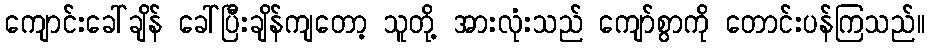
ကျောင်းခေါ်ချိန် ခေါ်ပြီးချိန်ကျတော့ သူတို့ အားလုံးသည် ကျော်စွာကို တောင်းပန်ကြသည်။